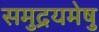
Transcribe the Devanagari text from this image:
समुद्रयमेषु